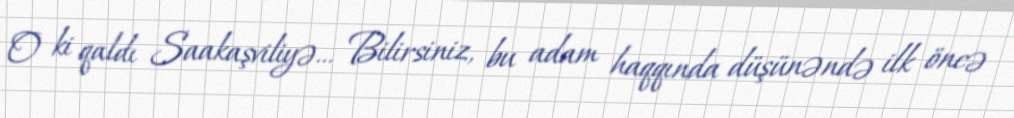
O ki qaldı Saakaşviliyə... Bilirsiniz, bu adam haqqında düşünəndə ilk öncə